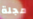
مجلة